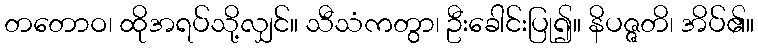
တတောဝ၊ ထိုအရပ်သို့လျှင်။ သီသံကတွာ၊ ဦးခေါင်းပြု၍။ နိပဇ္ဇတိ၊ အိပ်၏။